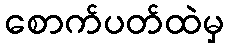
စောက်ပတ်ထဲမှ